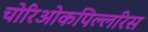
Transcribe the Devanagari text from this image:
चोरिओकपिल्लरिस